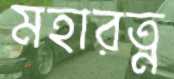
মহারত্ন